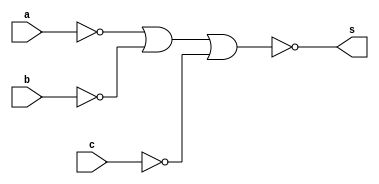
 // -------------------------------
// Guia 08_05 
// Nome: Ludmily Caldeira da Silva
// --------------------------------

module Andgate3 (s, a, b, c);

output s;
input a, b, c;
wire temp[0:2];

nor NOR1 (temp[0], a);
nor NOR2 (temp[1], b);
nor NOR3 (temp[2], c);
nor NOR4 (s, temp[0], temp[1], temp[2]);

endmodule //

module Andgate2 (s, a, b);

output s;
input a, b;
wire temp[0:1];

nor NOR1 (temp[0], a);
nor NOR2 (temp[1], b);
nor NOR3 (s, temp[0], temp[1]);

endmodule //

module Orgate (s, a, b, c);

output s;
input a, b, c;
wire t;

nor NOR1 (t, a, b, c);
nor NOR2 (s, t);

endmodule //


module exercicio2 (s, a, b, c, d);

output s;
input a, b, c, d;
wire temp[0:2];

Andgate3 AND1 (temp[0], a, ~b, ~c);
Andgate2 AND2 (temp[1], ~a, ~d);
Andgate2 AND3 (temp[2], a, d);
Orgate OR1 (s, temp[0], temp[1], temp[2]);

endmodule //

module testexercicio2;  

wire s;
reg a, b, c, d;

exercicio2 exercicio2 (s, a, b, c, d);

 initial begin
      $display("\nguia08_05 - Ludmily Caldeira da Silva - 417290\n");
      $display("TESTE\n");
      $display("\na   b   c    d    s\n");
      $monitor("%b   %b   %b    %b    %b", a, b, c, d, s);
		
		  a=0; b=0; c=0; d=0;
    #1  a=0; b=0; c=0; d=1;
    #1  a=0; b=0; c=1; d=0;
    #1  a=0; b=0; c=1; d=1;
	 #1  a=0; b=1; c=0; d=0;
    #1  a=0; b=1; c=0; d=1;
    #1  a=0; b=1; c=1; d=0;
    #1  a=0; b=1; c=1; d=1;
    #1  a=1; b=0; c=0; d=0;
    #1  a=1; b=0; c=0; d=1;
    #1  a=1; b=0; c=1; d=0;
	 #1  a=1; b=0; c=1; d=1;
    #1  a=1; b=1; c=0; d=0;
    #1  a=1; b=1; c=0; d=1;
    #1  a=1; b=1; c=1; d=0;
    #1  a=1; b=1; c=1; d=1;  
	    		  
    end
 
endmodule // TestMeiaSoma

/*

RESULTADOS OBTIDOS

    guia08_05 - Ludmily Caldeira da Silva - 417290
    
    TESTE
    
    
    a   b   c    d    s
    
    0   0   0    0    1
    0   0   0    1    0
    0   0   1    0    1
    0   0   1    1    0
    0   1   0    0    1
    0   1   0    1    0
    0   1   1    0    1
    0   1   1    1    0
    1   0   0    0    1
    1   0   0    1    1
    1   0   1    0    0
    1   0   1    1    1
    1   1   0    0    0
    1   1   0    1    1
    1   1   1    0    0
    1   1   1    1    1
*/